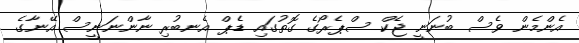
އެންމެން ވެސް ބުނަނީ ޖެކް ސްޕެރޯގެ ގޮތުގައި ޑެޕް އެނބުރި ނާންނަނީސް އޭނާގެ